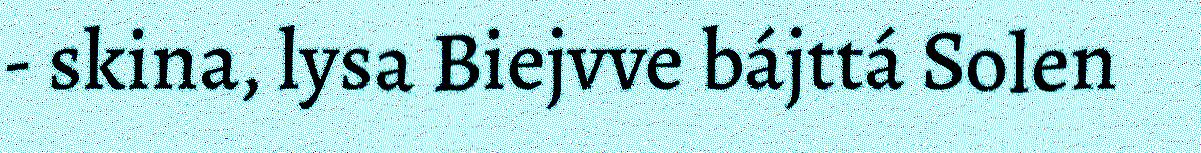
- skina, lysa Biejvve bájttá Solen